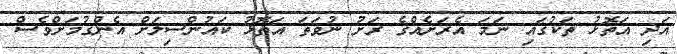
އަދި އަތޮޅު ތަކުގައި ނަމަ އެރަށެއްގެ ރަށު ނުވަތަ އަތޮޅު ކައުންސިލަށް އެންގުމަށްވެސް